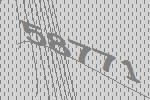
58771